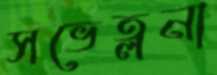
সভেত্লনা